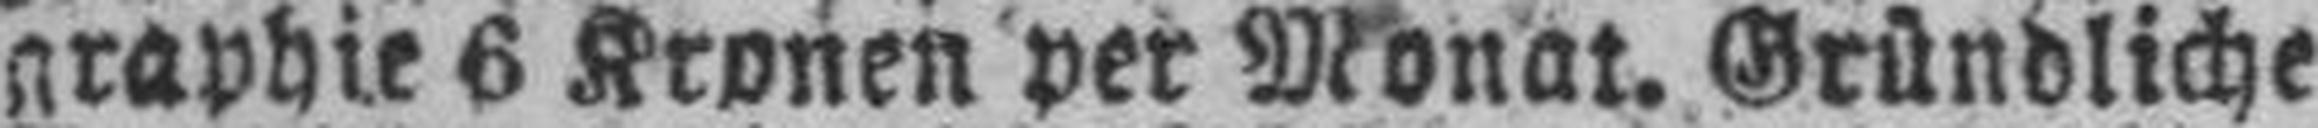
graphie 6 Kronen per Monat. Gründliche